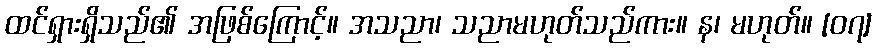
ထင်ရှားရှိသည်၏ အဖြစ်ကြောင့်။ အသညာ၊ သညာမဟုတ်သည်ကား။ န၊ မဟုတ်။ [၀၇]